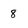
Character: 8